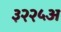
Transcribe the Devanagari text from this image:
३२२५अ